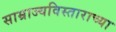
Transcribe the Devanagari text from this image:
साम्राज्यविस्ताराच्या